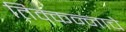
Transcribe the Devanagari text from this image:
तिक्कन्नाचे